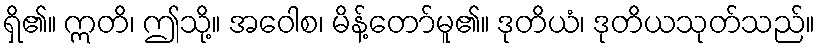
ရှိ၏။ ဣတိ၊ ဤသို့။ အဝေါစ၊ မိန့်တော်မူ၏။ ဒုတိယံ၊ ဒုတိယသုတ်သည်။